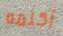
أكلمه